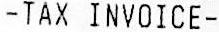
-TAX INVOICE-